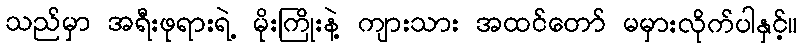
သည်မှာ အရီးဖုရားရဲ့ မိုးကြိုးနဲ့ ကျားသား အထင်တော် မမှားလိုက်ပါနှင့်။